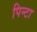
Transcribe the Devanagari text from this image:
पिन्टा